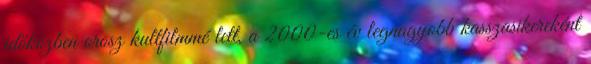
időközben orosz kultfilmmé lett, a 2000-es év legnagyobb kasszasikereként